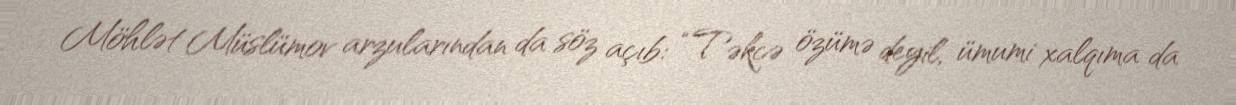
Möhlət Müslümov arzularından da söz açıb: “Təkcə özümə deyil, ümumi xalqıma da